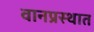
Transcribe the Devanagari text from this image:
वानप्रस्थात